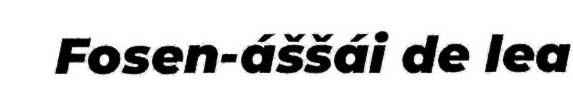
Fosen-áššái de lea